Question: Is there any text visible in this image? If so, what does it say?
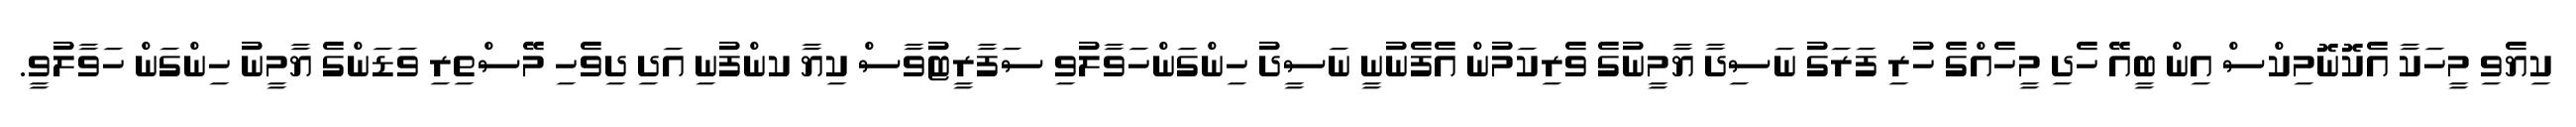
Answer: ކިޔެވި މީހަކާ އެކޮނޮމިކްސް އިން ބީއޭ ހެދި މީހެއްގެ ހުރި ފަރަގު ނަސިދާ ޔާމީނުގެ ވެރިކަމުން އެފެނުނީ ނަސީދު ހިންގަންހަވާލުވި ސަފާރީޓުވާސް ކިޔާ ކންފުނި އަދި ދިވެހި މޭސްތިރި ވަޑަންގެ ޔާމީނު ހިންގަން ހަވާލުވީ.